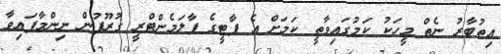
އިތުބާރު ނެތް މީހަކު ކަމުގައިވާތީ ކަމަށް އެ ޕާޓީގެ ޕާލަމެންޓްރީ ގުރޫޕުން ނިންމާފައިވާ